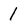
Character: 1